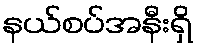
နယ်စပ်အနီးရှိ